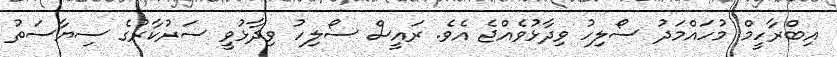
އިބްރާހީމް މުހައްމަދު ސޯލިހު ވިދާޅުވެއްޖެ އެވެ. ރައީސް ސޯލިހު ވިދާޅުވީ ސަރުކާރުގެ ސިޔާސަތު